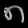
Digit: ၈